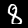
Label: 8